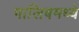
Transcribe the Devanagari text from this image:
गालिबमध्ये